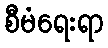
စီမံရေးရာ